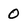
Character: 0